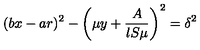
( b x - a r ) ^ { 2 } - \left( \mu y + \frac { A } { l S \mu } \right) ^ { 2 } = \delta ^ { 2 }